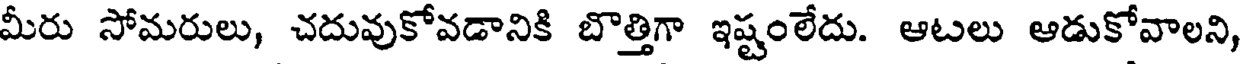
మీరు సోమరులు, చదువుకోవడానికి బొత్తిగా ఇష్టంలేదు. ఆటలు ఆడుకోవాలని,